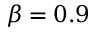
\beta = 0 . 9